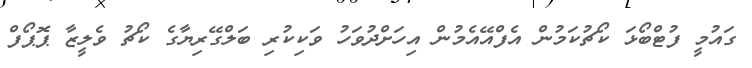
ގައުމީ ފުޓްބޯޅަ ކޯޗުކަމުން އެފްއޭއެމުން އިހަށްދުވަހު ވަކިކުރި ބަލްގޭރިޔާގެ ކޯޗު ވެލީޒާ ޕޮޕޯފް